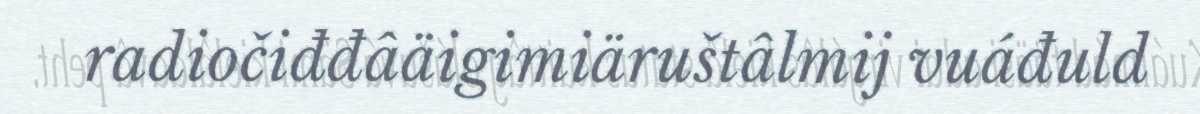
radiočiđđâäigimiäruštâlmij vuáđuld